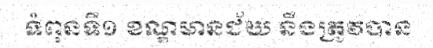
ទំពុនទី១ ខណ្ឌមានជ័យ នឹងត្រូវបាន